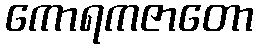
ကောရကဇာတော